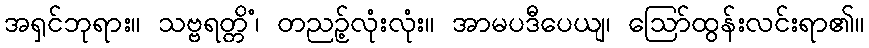
အရှင်ဘုရား။ သဗ္ဗရတ္တိံ၊ တညဉ့်လုံးလုံး။ အာမပဒီပေယျ၊ ဩော်ထွန်းလင်းရာ၏။